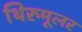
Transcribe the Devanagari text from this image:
थिरुमूलर